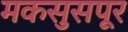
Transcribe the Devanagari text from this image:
मकसुसपूर